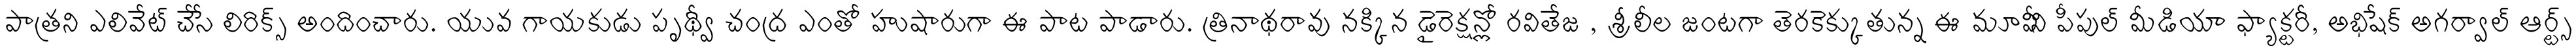
పాత్రని ఎలివేట్ చేసే లిరిక్స్ అందించారు. యువ గాయకుడు పృథ్వీ చంద్ర ఎంతో హుషారుగా ఈ పాట పాడారు. త్రినాథరావు నక్కిన డైరెక్షన్లో రవితేజ , శ్రీలీల జంటగా తెరకెక్కుతున్న ఈ మూవీని పీపుల్ మీడియా ఫ్యాక్టరీ, అభిషేక్ అగర్వాల్ ఆర్ట్స్